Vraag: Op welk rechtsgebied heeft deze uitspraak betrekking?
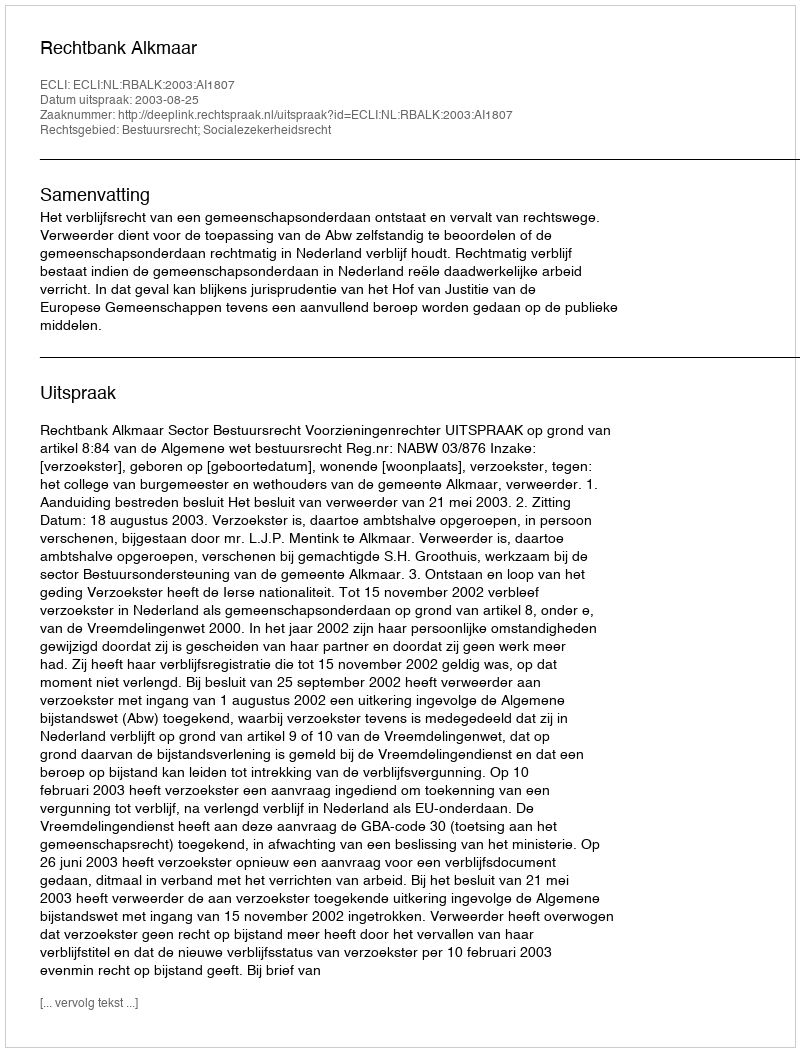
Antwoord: Bestuursrecht; Socialezekerheidsrecht